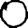
Digit: 0